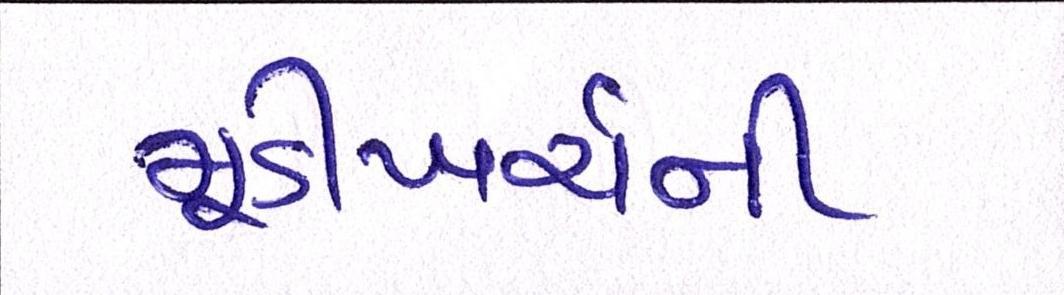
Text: મૂડીખર્ચની